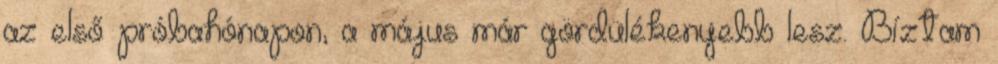
az első próbahónapon, a május már gördülékenyebb lesz. Bíztam